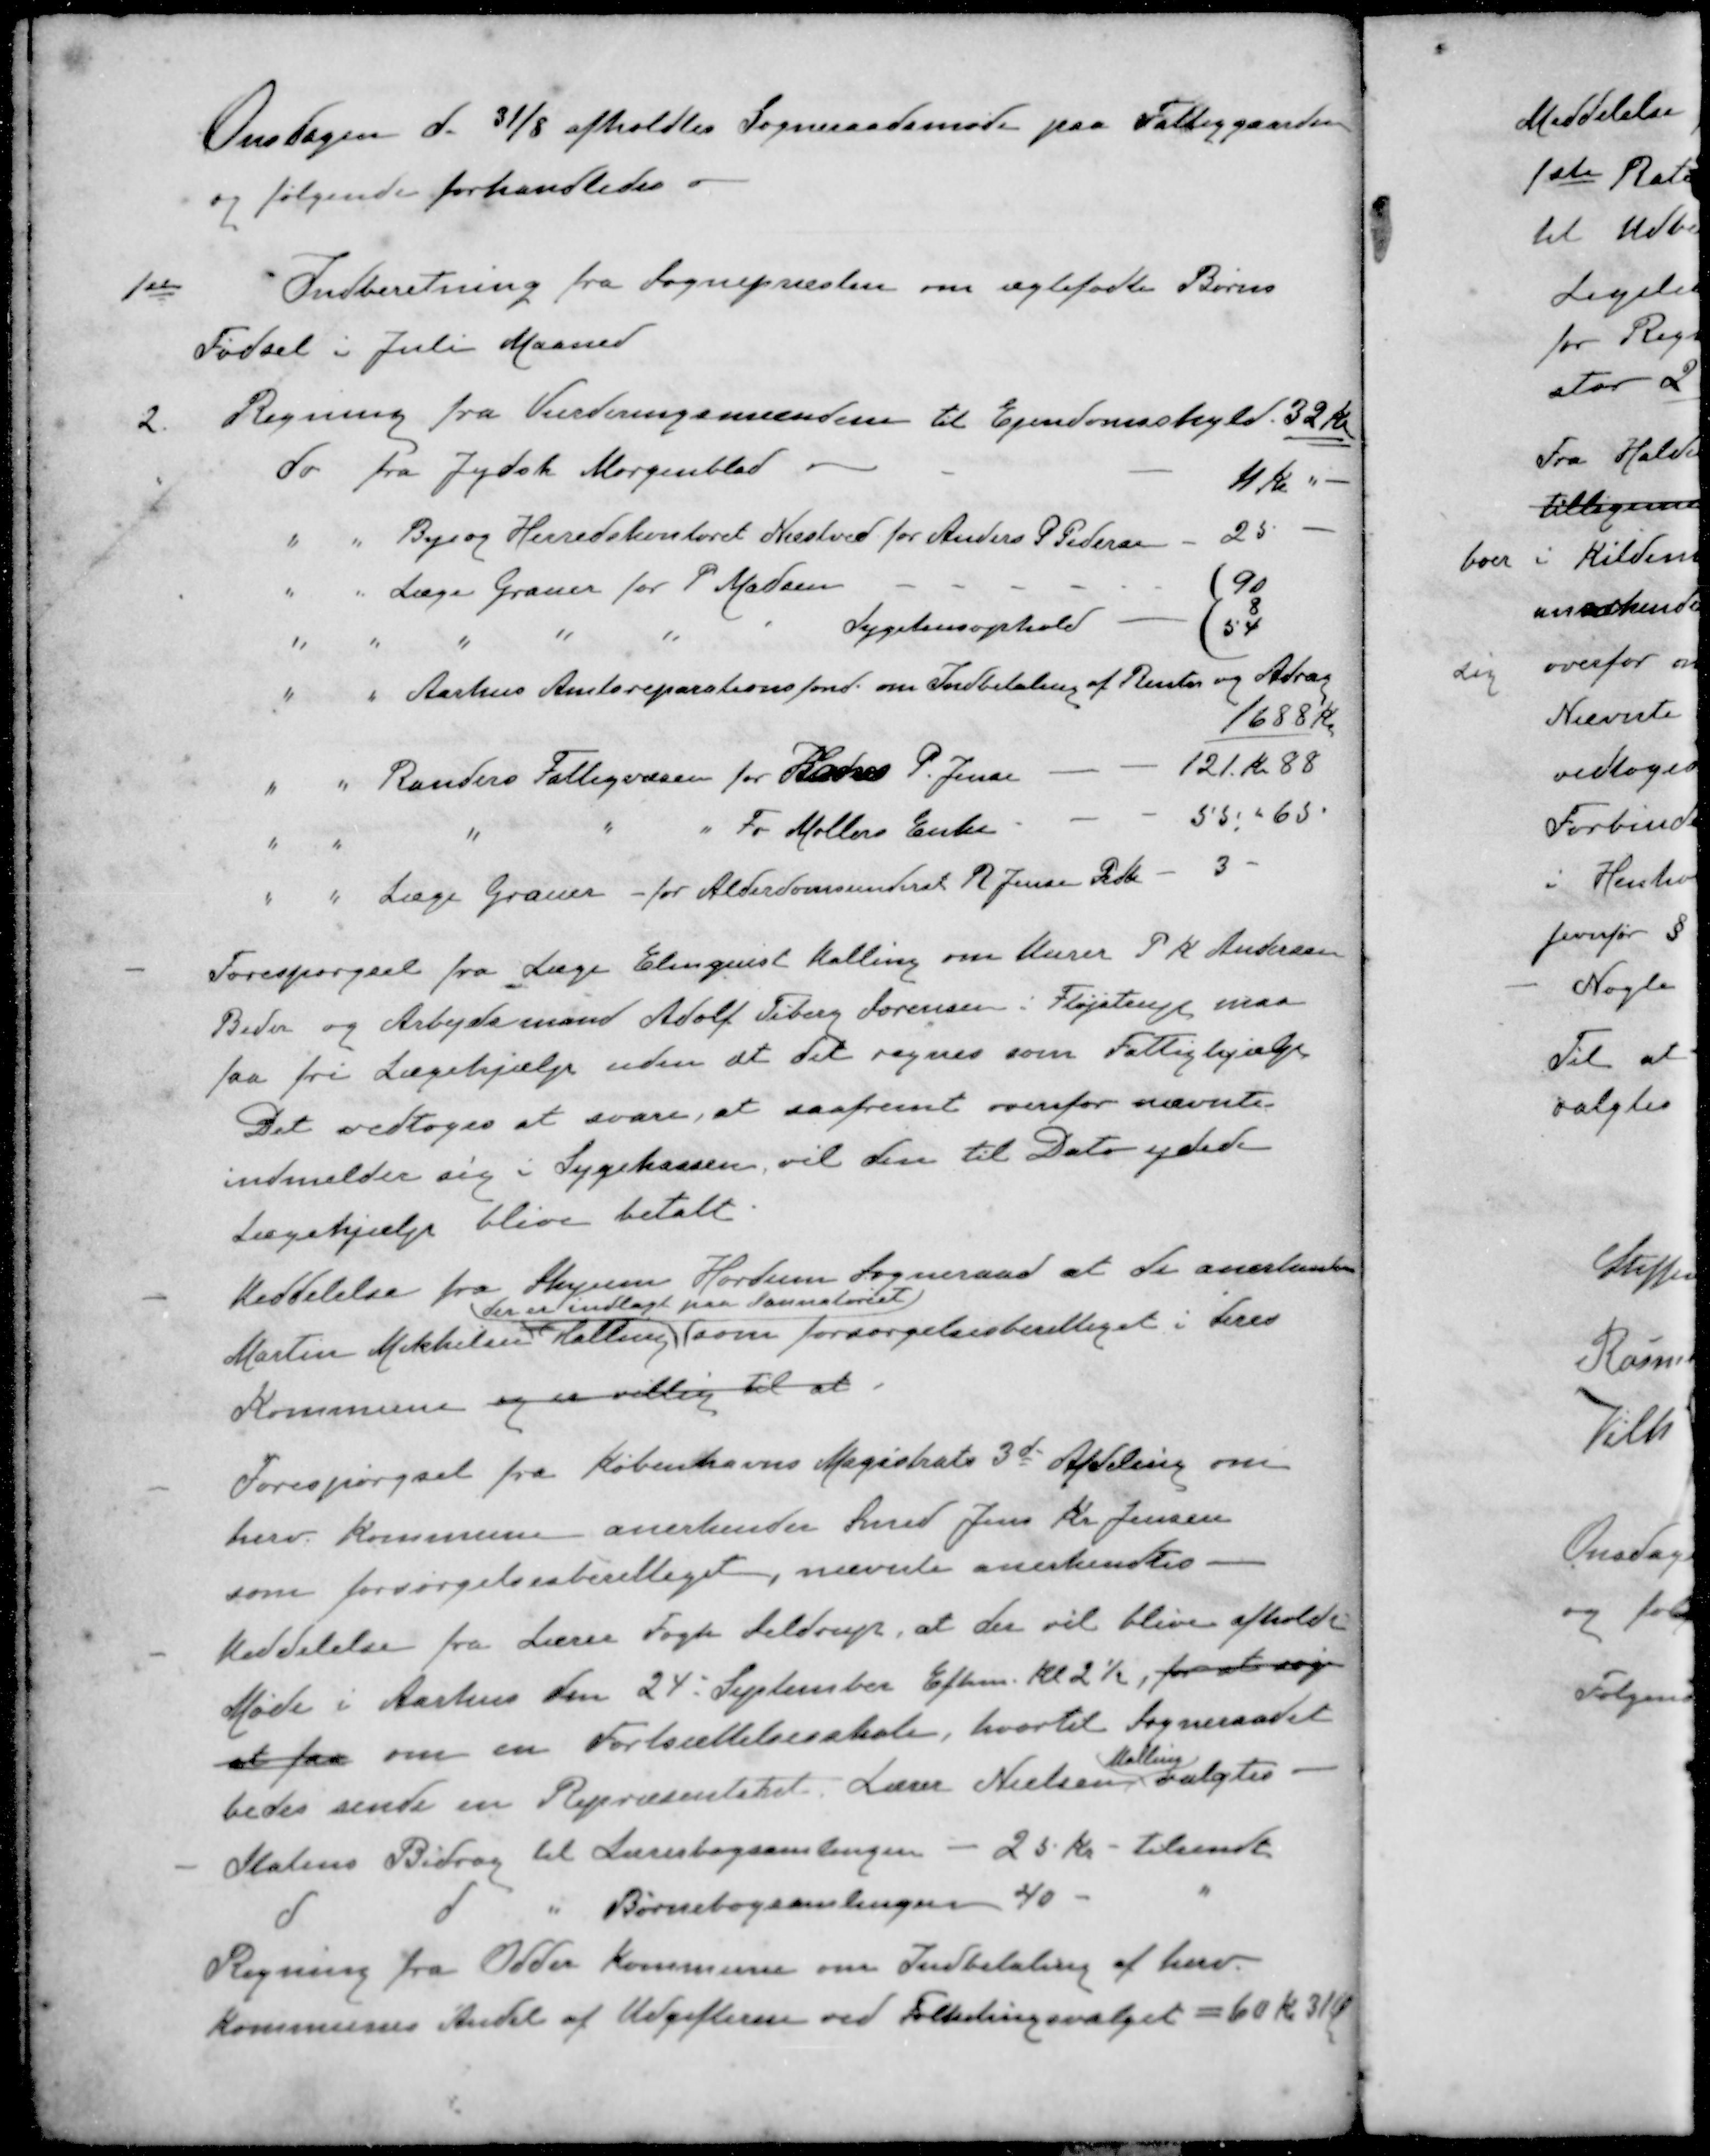
Transskription:
Onsdagen d. 31/8 afholdtes Sogneraadsmøde paa Fattiggaarden
og følgende forhandledes
1ste Indberetning fra Sognepræsten om ægtefødte Børns
Fødsel i Juli Maaned
2. Regning fra Vurderingsmændene til Ejendomsskyld 32 Kr
do fra Jydsk Morgenblad
4 Kr.
" " By og Herredskontoret Næstved for Anders P Pedersen
25
" " Læge Graner for P. Madsen
(90
" " " " " " Sygehusophold
(8
( 54
" " Aarhus Amtsreparationsfond om Indbetaling af Renter og Afdrag
1688 Kr
" " Randers Fattigvæsen for Hans P. Jensen
121 Kr. 88
" " " " " Fr Møllers Enke
55 " 65
" " Læge Grauer - for Alderdomsunderst R Jensen Pedh
3 -
- Forespørgsel fra Læge Elmquist Malling om Murer P K Andersen
Beder og Arbejdsmand Adolf Tiberg Sørensen i Fløjstrup maa
faa fri Lægehjælp uden at det regnes som Fattighjælp
Det vedtoges at svare, at saafremt overfor nævnte
indmelder sig i Sygekassen vil den til Dato ydede
Lægehjælp blive betalt
- Meddelelse fra Skyum Hørdum Sogneraad at de anerkender
der er indlagt paa Sannatoriet
Martin Mikkelsen Malling som forsørgelsesberettiget i deres
Kommune og er villig til at
- Forespørgsel fra Københavns Magistrats 3de Afdeling om
herv. Kommune anerkender Smed Jens Kr. Jensen
som forsørgelsesberettiget, nævnte anerkendtes
- Meddelelse fra Lærer Fogh Seldrup, at der vil blive afholdt
Møde i Aarhus den 24 September Eftm. Kl 2½, for at søge
at faa om en Fortsættelsesskole, hvortil Sogneraadet
Malling
bedes sende en Repræsentatet. Lærer Nielsen valgtes
- Statens Bidrag til Lærerbogsamlingen - 25 Kr - tilsendt
d d " Børnebogsamlingen 40 - "
Regning fra Odder Kommune om Indbetaling af herv.
Kommunes Andel af Udgifterne ved Folketingsvalget = 60 Kr 31 Ø